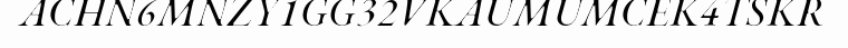
ACHN6MNZY1GG32VKAUMUMCEK4TSKR